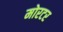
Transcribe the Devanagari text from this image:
मोरटर